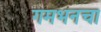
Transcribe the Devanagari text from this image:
गमभनचा